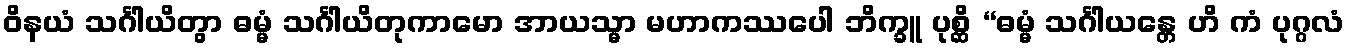
ဝိနယံ သင်္ဂါယိတွာ ဓမ္မံ သင်္ဂါယိတုကာမော အာယသ္မာ မဟာကဿပေါ ဘိက္ခူ ပုစ္ဆိ “ဓမ္မံ သင်္ဂါယန္တေ ဟိ ကံ ပုဂ္ဂလံ